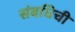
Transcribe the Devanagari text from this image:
संबधिची